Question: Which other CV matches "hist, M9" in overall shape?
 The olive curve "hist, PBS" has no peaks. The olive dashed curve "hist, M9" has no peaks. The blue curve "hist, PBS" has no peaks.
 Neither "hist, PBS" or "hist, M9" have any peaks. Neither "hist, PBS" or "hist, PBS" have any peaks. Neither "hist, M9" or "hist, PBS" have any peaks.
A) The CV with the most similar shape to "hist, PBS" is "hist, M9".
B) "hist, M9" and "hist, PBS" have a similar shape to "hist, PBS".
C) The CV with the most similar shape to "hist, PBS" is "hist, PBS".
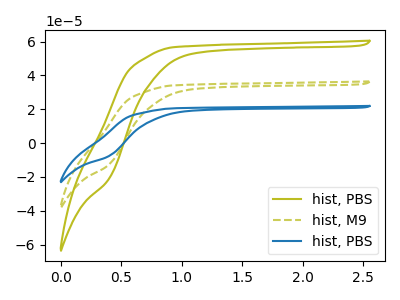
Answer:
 <answer>B) "hist, M9" and "hist, PBS" have a similar shape to "hist, PBS".</answer>
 <eval>B</eval>